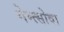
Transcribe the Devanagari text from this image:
नेम्त्सोवा